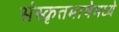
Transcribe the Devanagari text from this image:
संस्कृतभाषेमध्ये